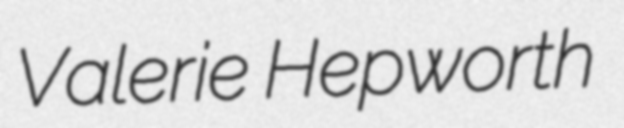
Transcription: Valerie Hepworth